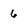
Character: 6